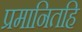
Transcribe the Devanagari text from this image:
प्रमानितहि